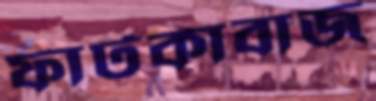
ফাটকাবাজ